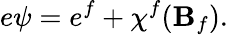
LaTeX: e\psi=e^{f}+\chi^{f}({\mathbf B}_{f}).